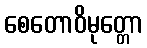
စေတောဝိမုတ္တော